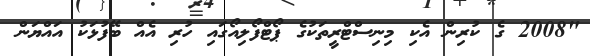
"2008 ގެ ކުރިން އެކި މިނިސްޓްރީތަކުގެ ޕޯޓްފޯލިއޯގައި ހުރި އެއް ބޭފުޅަކު އައްޔަން